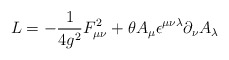
\begin{align*}{\sl L} = -\frac{1}{4 g^2} F_{\mu \nu}^2 + \theta A_\mu \epsilon^{\mu \nu \lambda} \partial_\nu A_\lambda\end{align*}